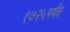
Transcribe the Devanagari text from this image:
१७२५पर्यंत